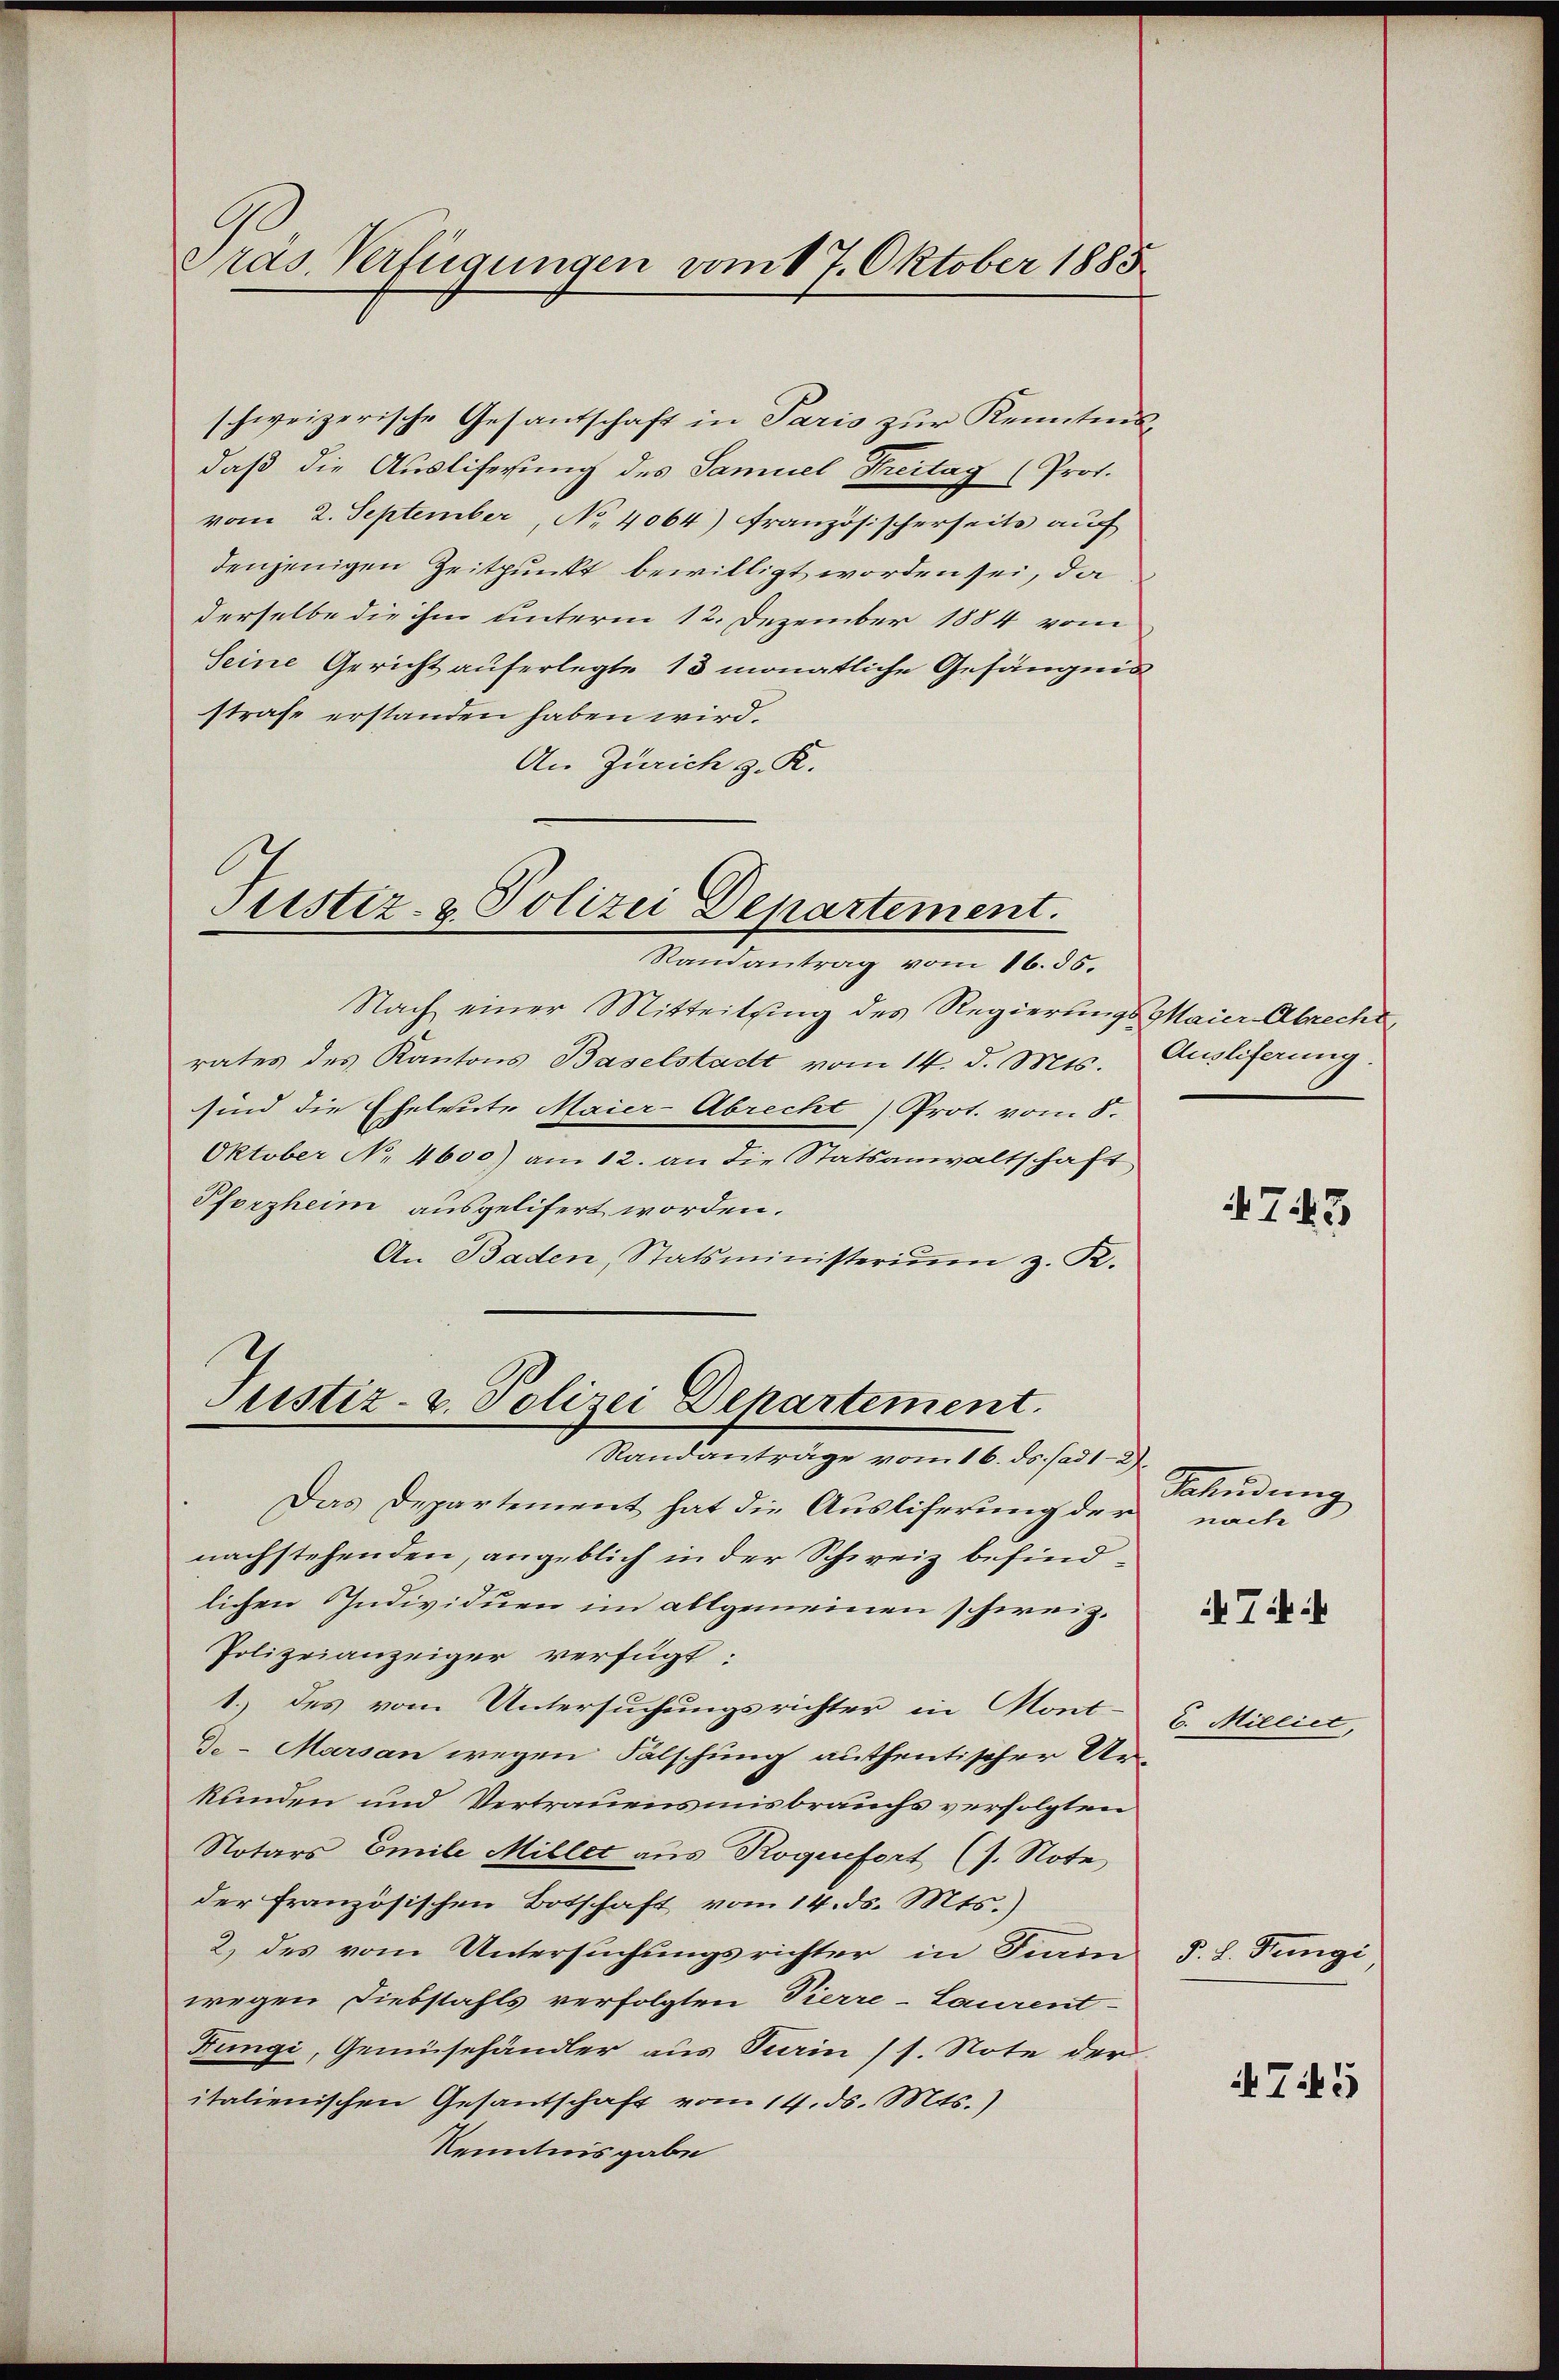
Präs. Verfügungen vom 17. Oktober 1885

schweizerische Gesandschaft in Paris zur Kenntnis,
daß die Ausliferung des Samuel Freitag (Prof.
vom 2. September, No. 4064) Französischerseits auf
denjenigen Zeitpunkt bewilligt worden sei, da
derselbe die ihm unterm 12. Dezember 1884 vom
Seine Gericht auferlegte 13 monatliche Gefängnis
strafe erstanden haben wird.
An Zürich z. R.

Justiz- & Polizei Departement.

Randantrag vom 16. 55.
Nach einer Mitteilung des Regierungs Maier Abrecht
rates des Kantons Baselstadt vom 14. d. Mts.
sind die Eheleute Maier-Abrecht) Prot. vom 8.
Oktober No 4600) am 12. an die Statsanwaltschaft
Pforzheim ausgelifert worden.
An Baden, Statsministeriŭm z. R.
Das Departement hat die Ausliferung der nach
nachstehenden, angeblich in der Schweiz befindlichen Individuen im allgemeinen schweiz.
Polizeianzeiger verfügt:
1.) des vom Untersuchungsrichter in Mont-
de-Marsan wegen Fälschung authentischer Ur-
kunden und Vertrauensmisbrauchs verfolgten
Notars Emile Millet aus Roquefort (s. Note
der französischen Botschaft vom 14. ds. Mts.)
2) des vom Untersuchungsrichter in Fiain
wegen Diebstahls verfolgten Pierre-Laurent
Kungi, Gemüsehändler aus Turin (s. Note der
italienischen Gesantschaft vom 14. ds. Mts.)
Kenntnisgabe

Justiz- u. Polizei Departement.
Randanträge vom 16. ds. sad1-2)

Ausliferung.

AT.43

Schüdung

74

C. Milliet,

§. L. Jungi,

745